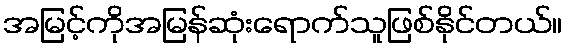
အမြင့်ကိုအမြန်ဆုံးရောက်သူဖြစ်နိုင်တယ်။